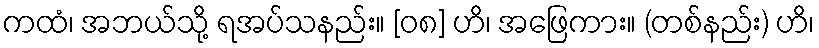
ကထံ၊ အဘယ်သို့ ရအပ်သနည်း။ [၀၈] ဟိ၊ အဖြေကား။ (တစ်နည်း) ဟိ၊